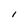
Character: I